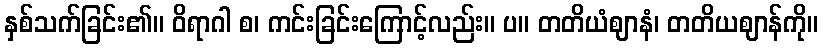
နှစ်သက်ခြင်း၏။ ဝိရာဂါ စ၊ ကင်းခြင်းကြောင့်လည်း။ ပ။ တတိယံဈာနံ၊ တတိယဈာန်ကို။